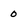
Character: 0